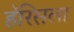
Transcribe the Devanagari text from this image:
हॅरिसला